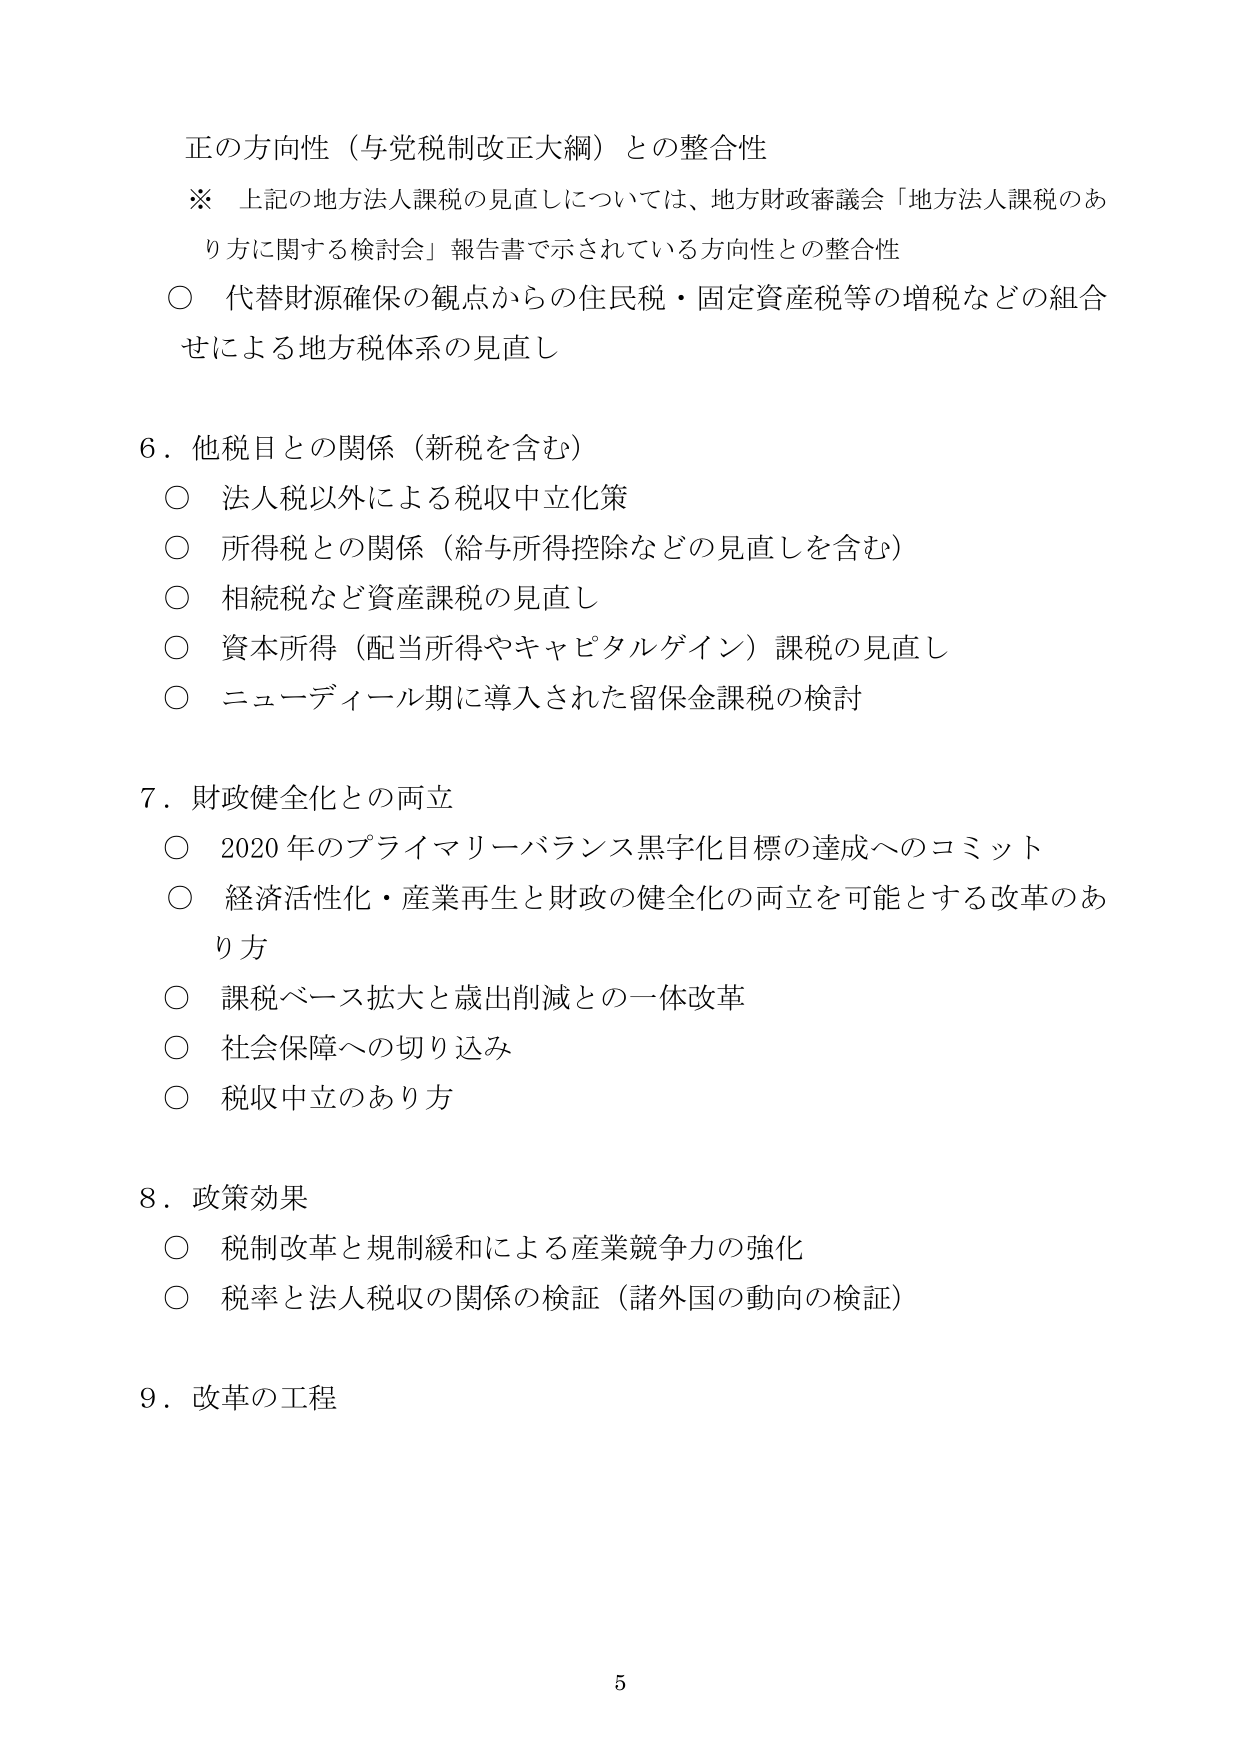
正の方向性（与党税制改正大綱）との整合性
※ 上記の地方法人課税の見直しについては、地方財政審議会「地方法人課税のあり方に関する検討会」報告書で示されている方向性との整合性
○ 代替財源確保の観点からの住民税・固定資産税等の増税などの組合せによる地方税体系の見直し

6．他税目との関係（新税を含む）
○ 法人税以外による税収中立化策
○ 所得税との関係（給与所得控除などの見直しを含む）
○ 相続税など資産課税の見直し
○ 資本所得（配当所得やキャピタルゲイン）課税の見直し
○ ニューディール期に導入された留保金課税の検討

7．財政健全化との両立
○ 2020年のプライマリーバランス黒字化目標の達成へのコミット
○ 経済活性化・産業再生と財政の健全化の両立を可能とする改革のあり方
○ 課税ベース拡大と歳出削減との一体改革
○ 社会保障への切り込み
○ 税収中立のあり方

8．政策効果
○ 税制改革と規制緩和による産業競争力の強化
○ 税率と法人税収の関係の検証（諸外国の動向の検証）

9．改革の工程

5